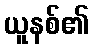
ယူနစ်၏